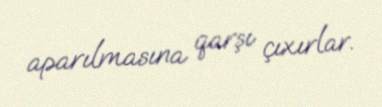
aparılmasına qarşı çıxırlar.